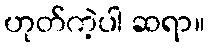
ဟုတ်ကဲ့ပါ ဆရာ။